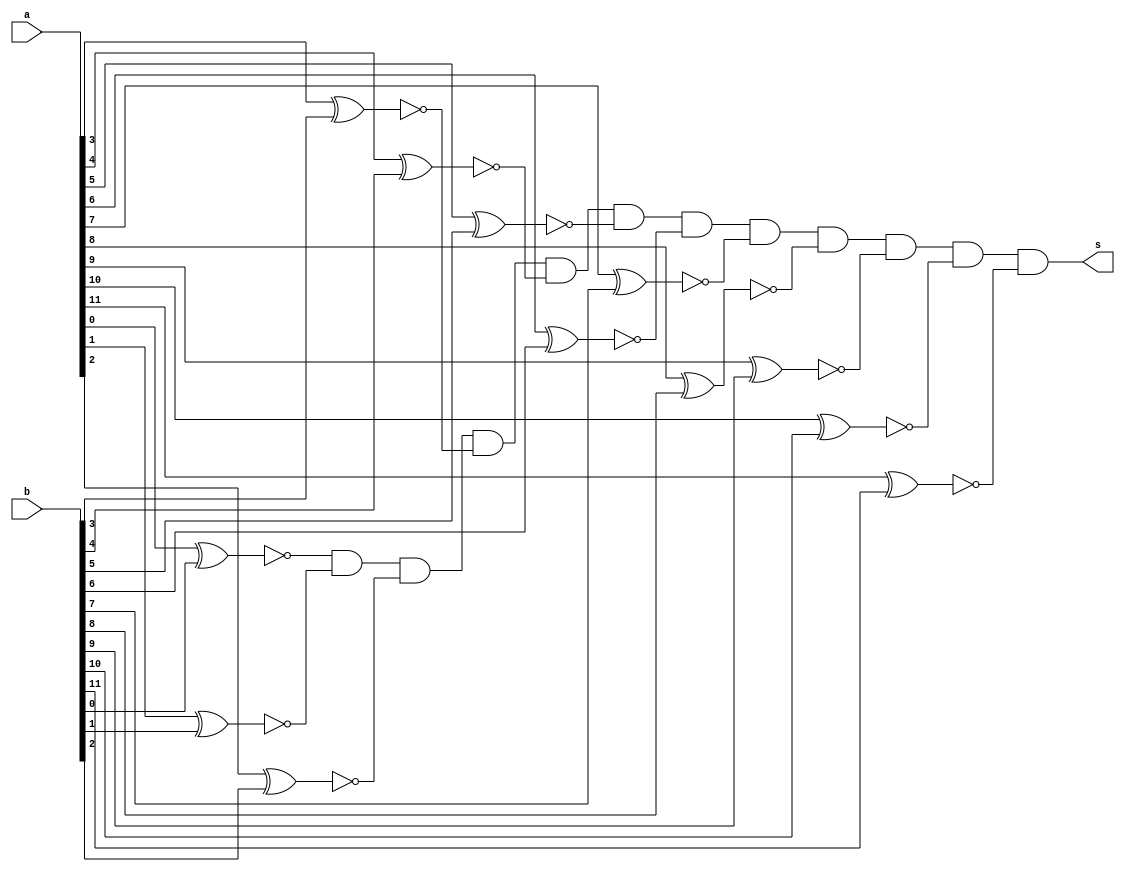
module comparador (a, b, s);
	input [11:0] a, b;
	output s;
	
	wire x0, x1, x2, x3, x4, x5, x6, x7, x8, x9, x10, x11;
	
	xnor xnor0 (x0, a[0], b[0]);
	xnor xnor1 (x1, a[1], b[1]);
	xnor xnor2 (x2, a[2], b[2]);
	xnor xnor3 (x3, a[3], b[3]);
	xnor xnor4 (x4, a[4], b[4]);
	xnor xnor5 (x5, a[5], b[5]);
	xnor xnor6 (x6, a[6], b[6]);
	xnor xnor7 (x7, a[7], b[7]);
	xnor xnor8 (x8, a[8], b[8]);
	xnor xnor9 (x9, a[9], b[9]);
	xnor xnor10 (x10, a[10], b[10]);
	xnor xnor11 (x11, a[11], b[11]);
	and and0 (s, x0, x1, x2, x3, x4, x5, x6, x7, x8, x9, x10, x11);
	
endmodule